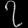
Digit: ၇